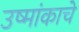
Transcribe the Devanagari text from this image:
उष्मांकाचे